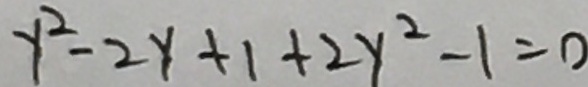
y ^ { 2 } - 2 y + 1 + 2 y ^ { 2 } - 1 = 0